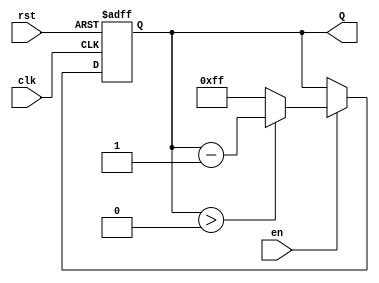
module binary_down_counter #(
    parameter WIDTH = 8 // Parameter for the width of the counter (number of bits)
) (
    input wire clk,      // Clock input
    input wire rst,      // Asynchronous reset input
    input wire en,       // Enable input
    output reg [WIDTH-1:0] Q // n-bit output representing the current count value
);

    // Maximum count value based on the width
    localparam MAX_COUNT = (1 << WIDTH) - 1; // 2^WIDTH - 1

    // Always block for synchronous counting and asynchronous reset
    always @(posedge clk or posedge rst) begin
        if (rst) begin
            // Reset the counter to the maximum value
            Q <= MAX_COUNT;
        end else if (en) begin
            // Decrement the counter
            if (Q > 0) begin
                Q <= Q - 1;
            end else begin
                // Wrap around to the maximum value
                Q <= MAX_COUNT;
            end
        end
    end

endmodule